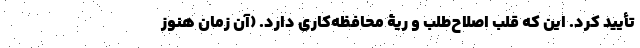
تأیید کرد. این که قلب اصلاح‌طلب و ریۀ محافظه‌کاری دارد. (آن زمان هنوز